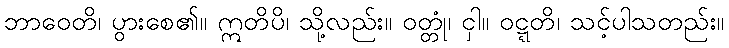
ဘာဝေတိ၊ ပွားစေ၏။ ဣတိပိ၊ သို့လည်း။ ဝတ္တုံ၊ ငှါ။ ဝဋ္ဋတိ၊ သင့်ပါသတည်း။